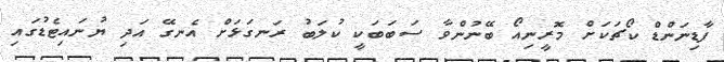
ފާޑިނަންޑް ކޯޗަކަށް މޮރީނިއޯ ބޭނުންވާ ސަބަބަކީ ކުލަބު ރަނގަޅަށް އެނގޭ އަދި ޔުނައިޓެޑުގައި